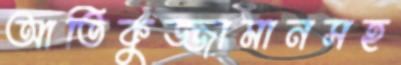
আতিকুজ্জামানসহ